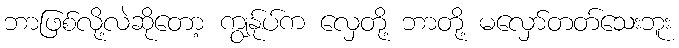
ဘာဖြစ်လို့လဲဆိုတော့ ကျွန်ုပ်က လှေတို့ ဘာတို့ မလှော်တတ်သေးဘူး